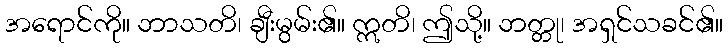
အရောင်ကို။ ဘာသတိ၊ ချီးမွမ်း၏။ ဣတိ၊ ဤသို့။ ဘတ္တု၊ အရှင်သခင်၏။